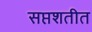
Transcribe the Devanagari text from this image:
सप्तशतीत